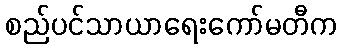
စည်ပင်သာယာရေးကော်မတီက